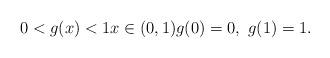
LaTeX: \begin{align*}0< g(x)< 1 x\in(0,1) g(0)=0,\ g(1)=1.\end{align*}